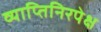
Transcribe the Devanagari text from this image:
व्याप्तिनिरपेक्ष